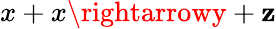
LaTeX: x+x\rightarrowy+\mathbf{z}